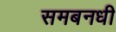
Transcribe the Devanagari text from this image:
समबनधी